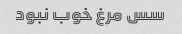
سس مرغ خوب نبود